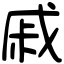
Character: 戚